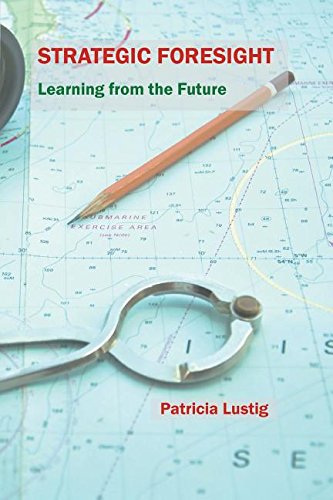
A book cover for Strategic Foresight; Patricia Lustig; Business & Money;